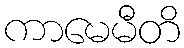
ကာမေမီတိ